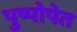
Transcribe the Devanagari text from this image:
पुष्पोपेत